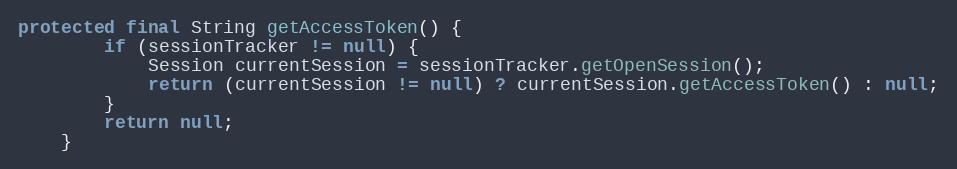
Language: Java
protected final String getAccessToken() {
        if (sessionTracker != null) {
            Session currentSession = sessionTracker.getOpenSession();
            return (currentSession != null) ? currentSession.getAccessToken() : null;
        }
        return null;
    }